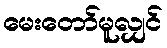
မေးတော်မူလျှင်